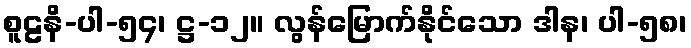
စူဠနိ-ပါ-၅၄၊ ဋ္ဌ-၁၂။ လွန်မြောက်နိုင်သော ဒါန၊ ပါ-၅၈၊